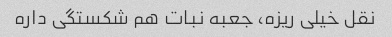
نقل خیلی ریزه، جعبه نبات هم شکستگی داره